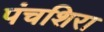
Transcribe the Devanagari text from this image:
पंचशिरा